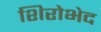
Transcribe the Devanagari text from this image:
शिरोभेद